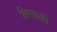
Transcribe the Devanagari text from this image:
किरणकी